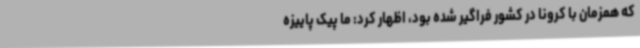
که همزمان با کرونا در کشور فراگیر شده بود، اظهار کرد: ما پیک پاییزه